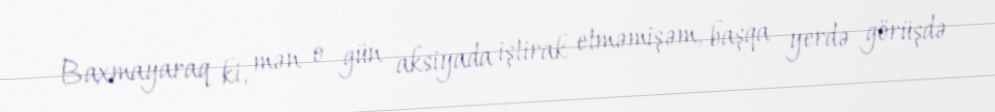
Baxmayaraq ki, mən o gün aksiyada iştirak etməmişəm, başqa yerdə görüşdə